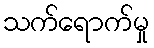
သက်ရောက်မှု